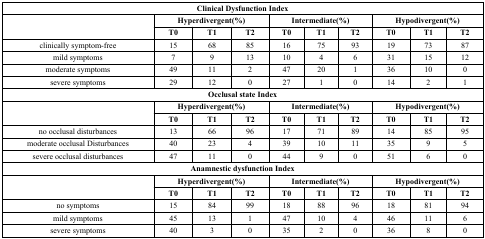
| <COLSPAN=10> Clinical Dysfunction Index |
 | <ROWSPAN=2>  | <COLSPAN=3> Hyperdivergent(%) | <COLSPAN=3> Intermediate(%) | <COLSPAN=3> Hypodivergent(%) |
 | --- | --- | --- | --- | --- | --- | --- | --- | --- | --- |
 | T0 | T1 | T2 | T0 | T1 | T2 | T0 | T1 | T2 |
 | clinically symptom-free | 15 | 68 | 85 | 16 | 75 | 93 | 19 | 73 | 87 |
 | mild symptoms | 7 | 9 | 13 | 10 | 4 | 6 | 31 | 15 | 12 |
 | moderate symptoms | 49 | 11 | 2 | 47 | 20 | 1 | 36 | 10 | 0 |
 | severe symptoms | 29 | 12 | 0 | 27 | 1 | 0 | 14 | 2 | 1 |
 | <COLSPAN=10> Occlusal state Index |
 | <ROWSPAN=2>  | <COLSPAN=3> Hyperdivergent(%) | <COLSPAN=3> Intermediate(%) | <COLSPAN=3> Hypodivergent(%) |
 | T0 | T1 | T2 | T0 | T1 | T2 | T0 | T1 | T2 |
 | no occlusal disturbances | 13 | 66 | 96 | 17 | 71 | 89 | 14 | 85 | 95 |
 | moderate occlusal Disturbances | 40 | 23 | 4 | 39 | 10 | 11 | 35 | 9 | 5 |
 | severe occlusal disturbances | 47 | 11 | 0 | 44 | 9 | 0 | 51 | 6 | 0 |
 | <COLSPAN=10> Anamnestic dysfunction Index |
 | <ROWSPAN=2>  | <COLSPAN=3> Hyperdivergent(%) | <COLSPAN=3> Intermediate(%) | <COLSPAN=3> Hypodivergent(%) |
 | T0 | T1 | T2 | T0 | T1 | T2 | T0 | T1 | T2 |
 | no symptoms | 15 | 84 | 99 | 18 | 88 | 96 | 18 | 81 | 94 |
 | mild symptoms | 45 | 13 | 1 | 47 | 10 | 4 | 46 | 11 | 6 |
 | severe symptoms | 40 | 3 | 0 | 35 | 2 | 0 | 36 | 8 | 0 |